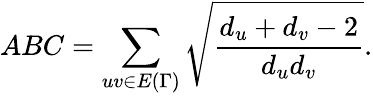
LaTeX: ABC=\sum_{uv\in E{(\Gamma)}}\sqrt{\frac{d_{u}+d_{v}-2}{d_{u}d_{v}}}.